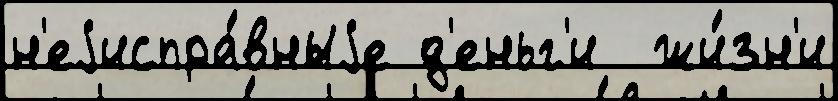
н'еjиспра́вныjе д'еньг'и  жи́зн'и